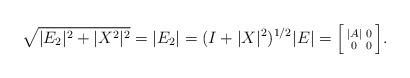
LaTeX: \begin{align*}\sqrt{|E_2|^2 + |X^2|^2} = |E_2| = (I +|X|^2)^{1/2}|E| =\Big[\begin{smallmatrix} |A| & 0 \\0 & 0\end{smallmatrix}\Big]. \end{align*}